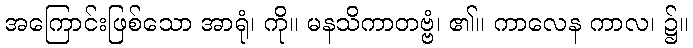
အကြောင်းဖြစ်သော အာရုံ၊ ကို။ မနသိကာတဗ္ဗံ၊ ၏။ ကာလေန ကာလ၊ ၌။